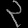
Digit: ၃